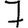
Digit: 7